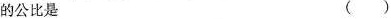
的公比是 ( )